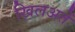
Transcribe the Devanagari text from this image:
खिलअतें